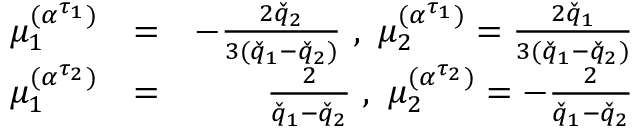
\begin{array} { r l r } { \mu _ { 1 } ^ { ( \boldsymbol { \alpha } ^ { \tau _ { 1 } } ) } } & { = } & { - \frac { 2 \check { q } _ { 2 } } { 3 ( \check { q } _ { 1 } - \check { q } _ { 2 } ) } \, \, , \, \, \mu _ { 2 } ^ { ( \boldsymbol { \alpha } ^ { \tau _ { 1 } } ) } = \frac { 2 \check { q } _ { 1 } } { 3 ( \check { q } _ { 1 } - \check { q } _ { 2 } ) } } \\ { \mu _ { 1 } ^ { ( \boldsymbol { \alpha } ^ { \tau _ { 2 } } ) } } & { = } & { \frac { 2 } { \check { q } _ { 1 } - \check { q } _ { 2 } } \, \, , \, \, \mu _ { 2 } ^ { ( \boldsymbol { \alpha } ^ { \tau _ { 2 } } ) } = - \frac { 2 } { \check { q } _ { 1 } - \check { q } _ { 2 } } } \end{array}